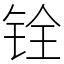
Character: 铨